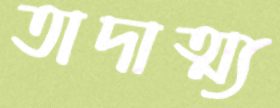
তাদাত্ম্য